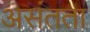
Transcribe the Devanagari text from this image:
असंतता